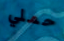
حملي